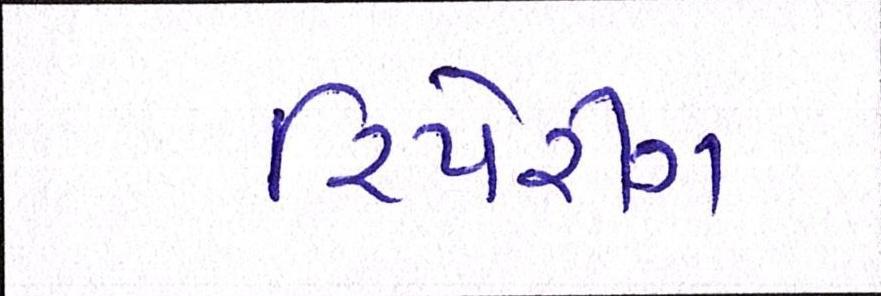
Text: રિપેરીંગ